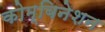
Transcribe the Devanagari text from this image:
कोम्बिनेशन